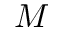
M